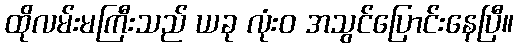
ထိုလမ်းမကြီးသည် ယခု လုံးဝ အသွင်ပြောင်းနေပြီ။